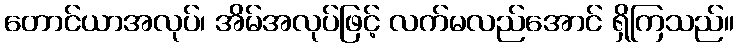
တောင်ယာအလုပ်၊ အိမ်အလုပ်ဖြင့် လက်မလည်အောင် ရှိကြသည်။